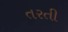
તરતી